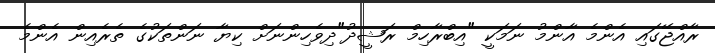
ރާއްޖޭގައި އެންމެ އާންމު ނަމަކީ "އިބްރާހިމް ރަޝީދު"ދިވެހިންނަށް ކިޔާ ނަންތަކުގެ ތެރެއިން އެންމެ